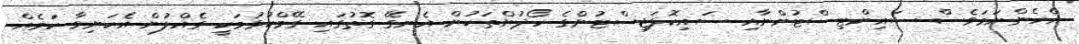
އެހެންނަމަވެސް ސައިންޓިސްޓުންނާއި ސައިކޮލަޖިސްޓުންގެ ހޯދުންތަކުން އެނގޭ ގޮތުގައި ގޭމްކުޅުމަކީ ގެއްލުން އެކަނިވާ ކަމެއް